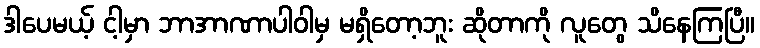
ဒါပေမယ့် ငါ့မှာ ဘာအာဏာပါဝါမှ မရှိတော့ဘူး ဆိုတာကို လူတွေ သိနေကြပြီ။